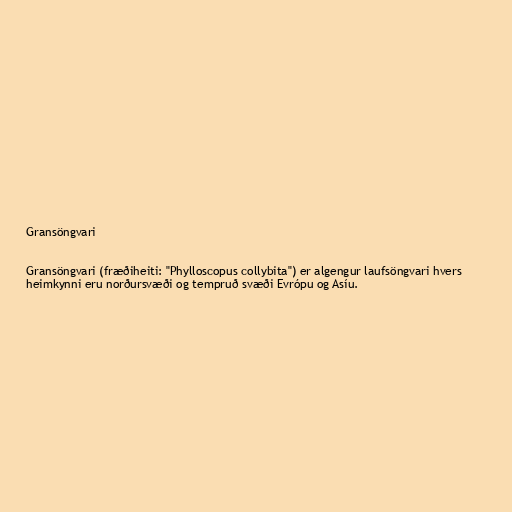
Gransöngvari

Gransöngvari (fræðiheiti: "Phylloscopus collybita") er algengur laufsöngvari hvers
heimkynni eru norðursvæði og tempruð svæði Evrópu og Asíu.